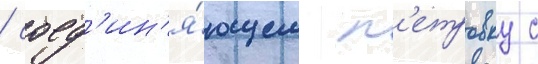
/ соед'ин'я́ющем п'етровку с